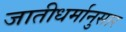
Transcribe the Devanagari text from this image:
जातीधर्मानुसार